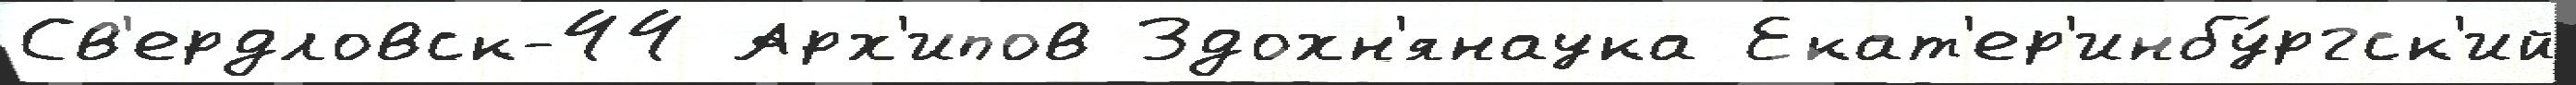
Св'ердловск-44 Арх'ипов Здохн'янаука Екат'ер'инбу́ргск'ий